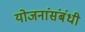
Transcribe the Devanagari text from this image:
योजनांसंबंधी